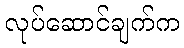
လုပ်ဆောင်ချက်က